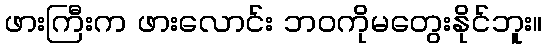
ဖားကြီးက ဖားလောင်း ဘဝကိုမတွေးနိုင်ဘူး။